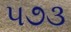
૫૭૩